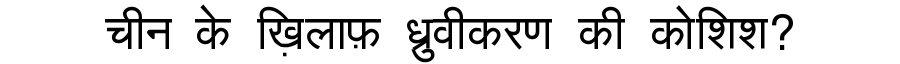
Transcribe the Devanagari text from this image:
चीन के ख़िलाफ़ ध्रुवीकरण की कोशिश?